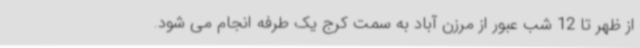
از ظهر تا 12 شب عبور از مرزن آباد به سمت کرج یک طرفه انجام می شود.